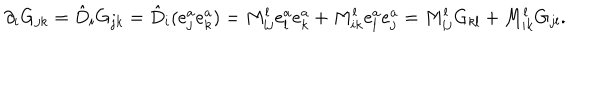
LaTeX: \partial _ { i } G _ { j k } = \hat { D } _ { i } G _ { j k } = \hat { D } _ { i } ( e _ { j } ^ { a } e _ { k } ^ { a } ) = M _ { i j } ^ { l } e _ { l } ^ { a } e _ { k } ^ { a } + M _ { i k } ^ { l } e _ { l } ^ { a } e _ { j } ^ { a } = M _ { i j } ^ { l } G _ { k l } + M _ { i k } ^ { l } G _ { j l } .